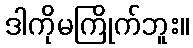
ဒါကိုမကြိုက်ဘူး။